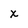
Character: x